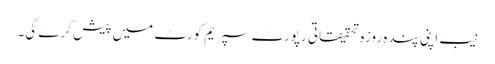
نیب اپنی پندہ روزہ تحقیقاتی رپورٹ سپریم کورٹ میں پیش کرے گی۔